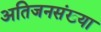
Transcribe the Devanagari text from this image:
अतिजनसंख्या